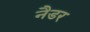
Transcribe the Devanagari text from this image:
नैडर